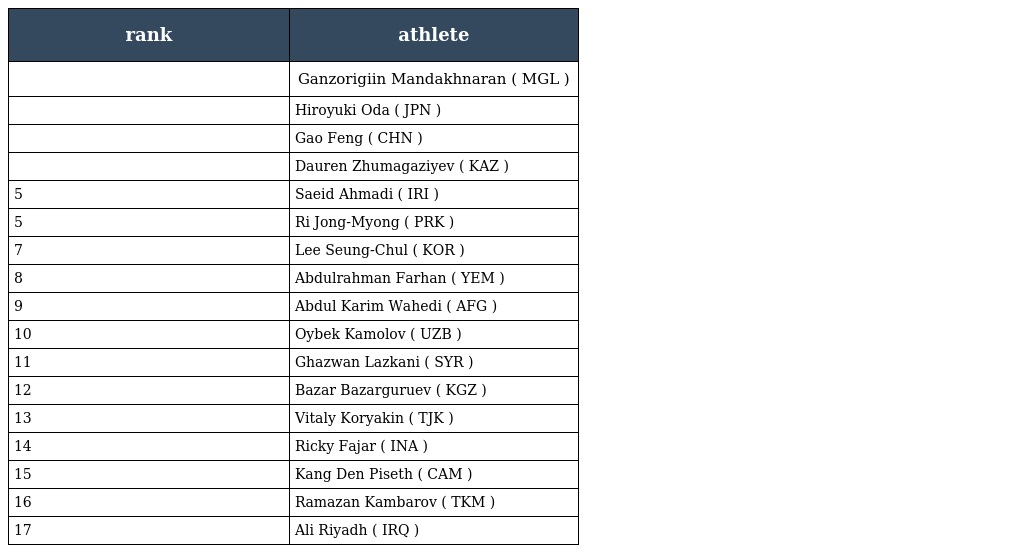
| rank | athlete |
 | --- | --- |
 |  | Ganzorigiin Mandakhnaran ( MGL ) |
 |  | Hiroyuki Oda ( JPN ) |
 |  | Gao Feng ( CHN ) |
 |  | Dauren Zhumagaziyev ( KAZ ) |
 | 5 | Saeid Ahmadi ( IRI ) |
 | 5 | Ri Jong-Myong ( PRK ) |
 | 7 | Lee Seung-Chul ( KOR ) |
 | 8 | Abdulrahman Farhan ( YEM ) |
 | 9 | Abdul Karim Wahedi ( AFG ) |
 | 10 | Oybek Kamolov ( UZB ) |
 | 11 | Ghazwan Lazkani ( SYR ) |
 | 12 | Bazar Bazarguruev ( KGZ ) |
 | 13 | Vitaly Koryakin ( TJK ) |
 | 14 | Ricky Fajar ( INA ) |
 | 15 | Kang Den Piseth ( CAM ) |
 | 16 | Ramazan Kambarov ( TKM ) |
 | 17 | Ali Riyadh ( IRQ ) |